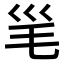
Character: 𣬡